kultuurilooline_kollektsioon, lk 112
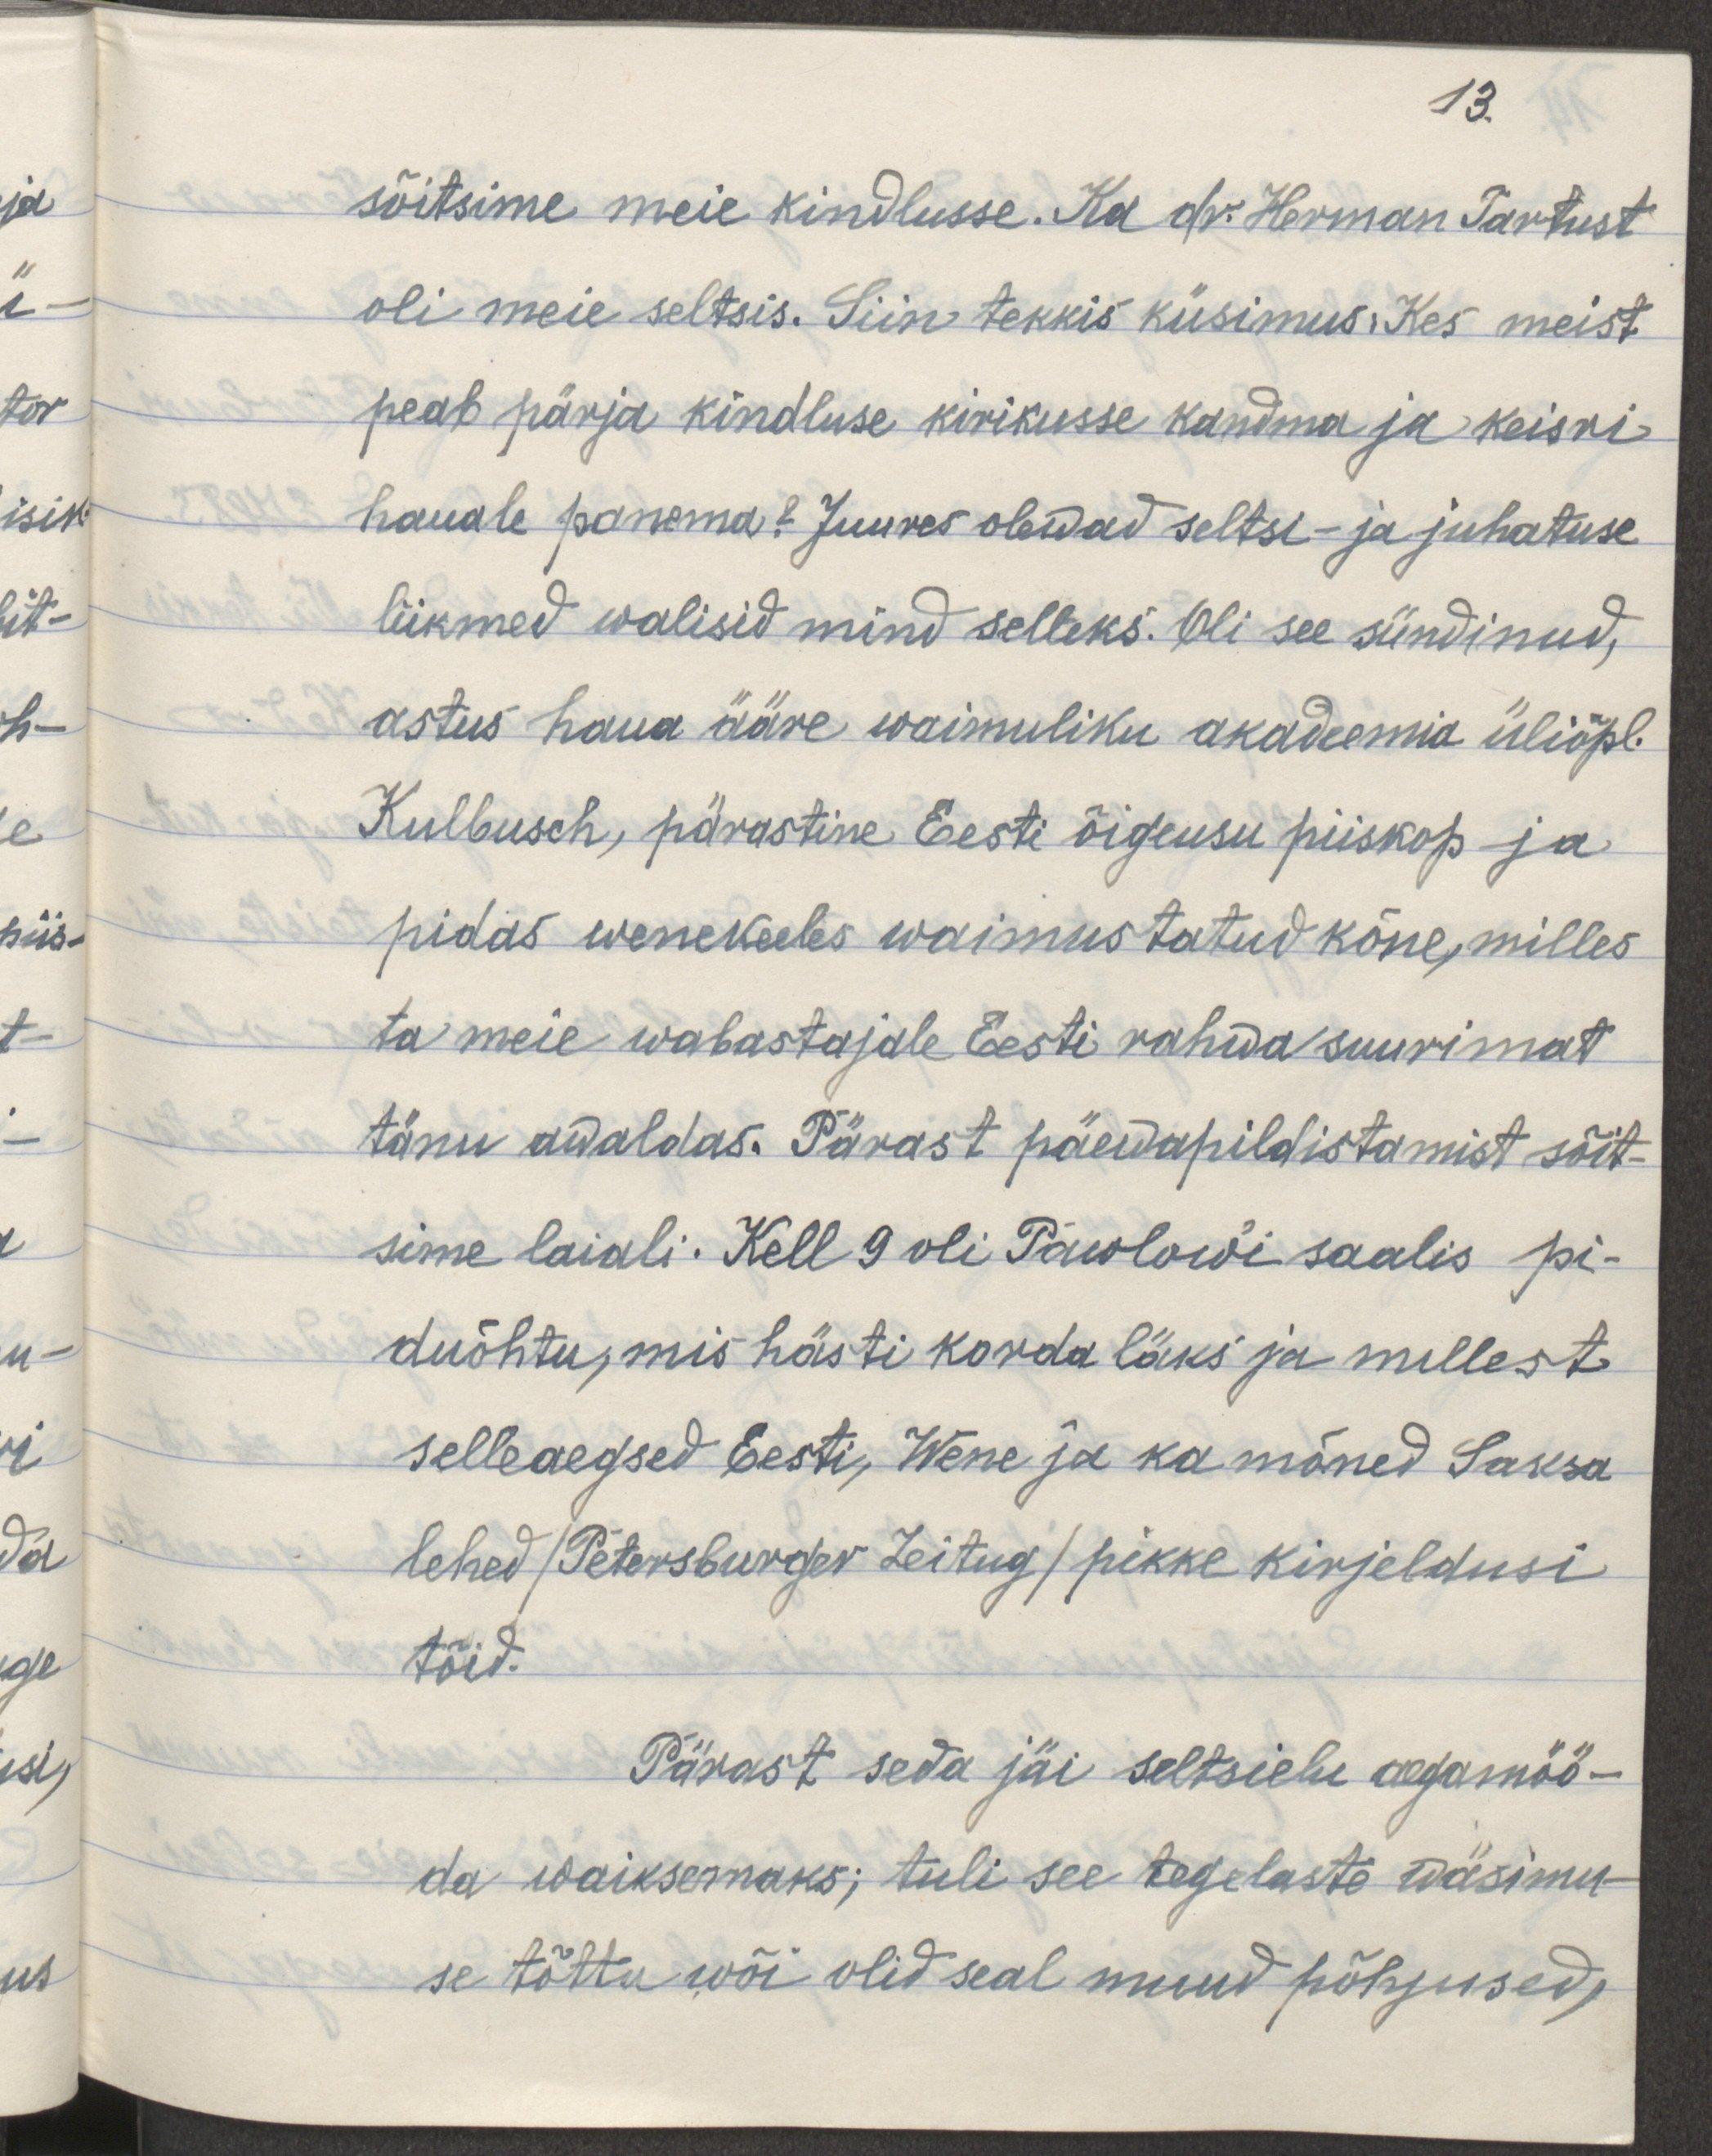
13.
sõitsime meie kirikusse. Ka dr. Herman Tartust
oli meie seltsis. Siin tekkis küsimus: Kes meist
peab pärja kindluse kirikusse kandma ja keisri
hauale panema? Juures olewad seltsi- ja juhatuse 
liikmed walisid mind selleks. Oli see sündinud,
astus haua ääre waimuliku akadeemia üliõpl.
Kulbusch, pärastine Eesti õigeusu piiskop ja
pidas wenekeeles waimustatud kõne, milles
ta meie wabastajale Eesti rahwa suurimat
tänu awaldas. Pärast päewapildistamist sõit-
sime laiali. Kell 9 oli Pawlowi saalis pi-
duõhtu, mis hästi korda läks ja millest
selleaegsed Eesti, Wene ja ka mõned Saksa
lehed /Petersburger Zeitung/ pikke kirjeldusi 
tõid.
Pärast seda jäi seltsielu aegamöö-
da waiksemaks; tuli see tegelaste wäsimu-
se tõttu wõi olid seal muud põhjused,